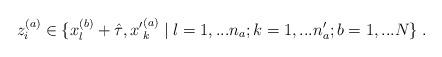
LaTeX: \begin{align*}z_i^{(a)} \in\{ x_l^{(b)} +\hat{\tau} , {x^\prime}^{(a)}_k \; | \;l = 1,...n_a ; k = 1,...n^\prime_a ; b = 1,...N \} \; .\end{align*}